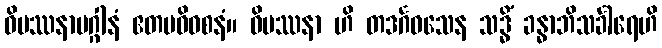
ဝိပဿနာမဂ္ဂါနံ ဧတမဓိဝစနံ။ ဝိပဿနာ ဟိ တဒင်္ဂဝသေန သဒ္ဓိံ ခန္ဓာဘိသင်္ခါရေဟိ